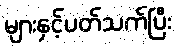
များနှင့်ပတ်သက်ပြီး